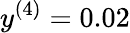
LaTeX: y^{(4)}=0.02